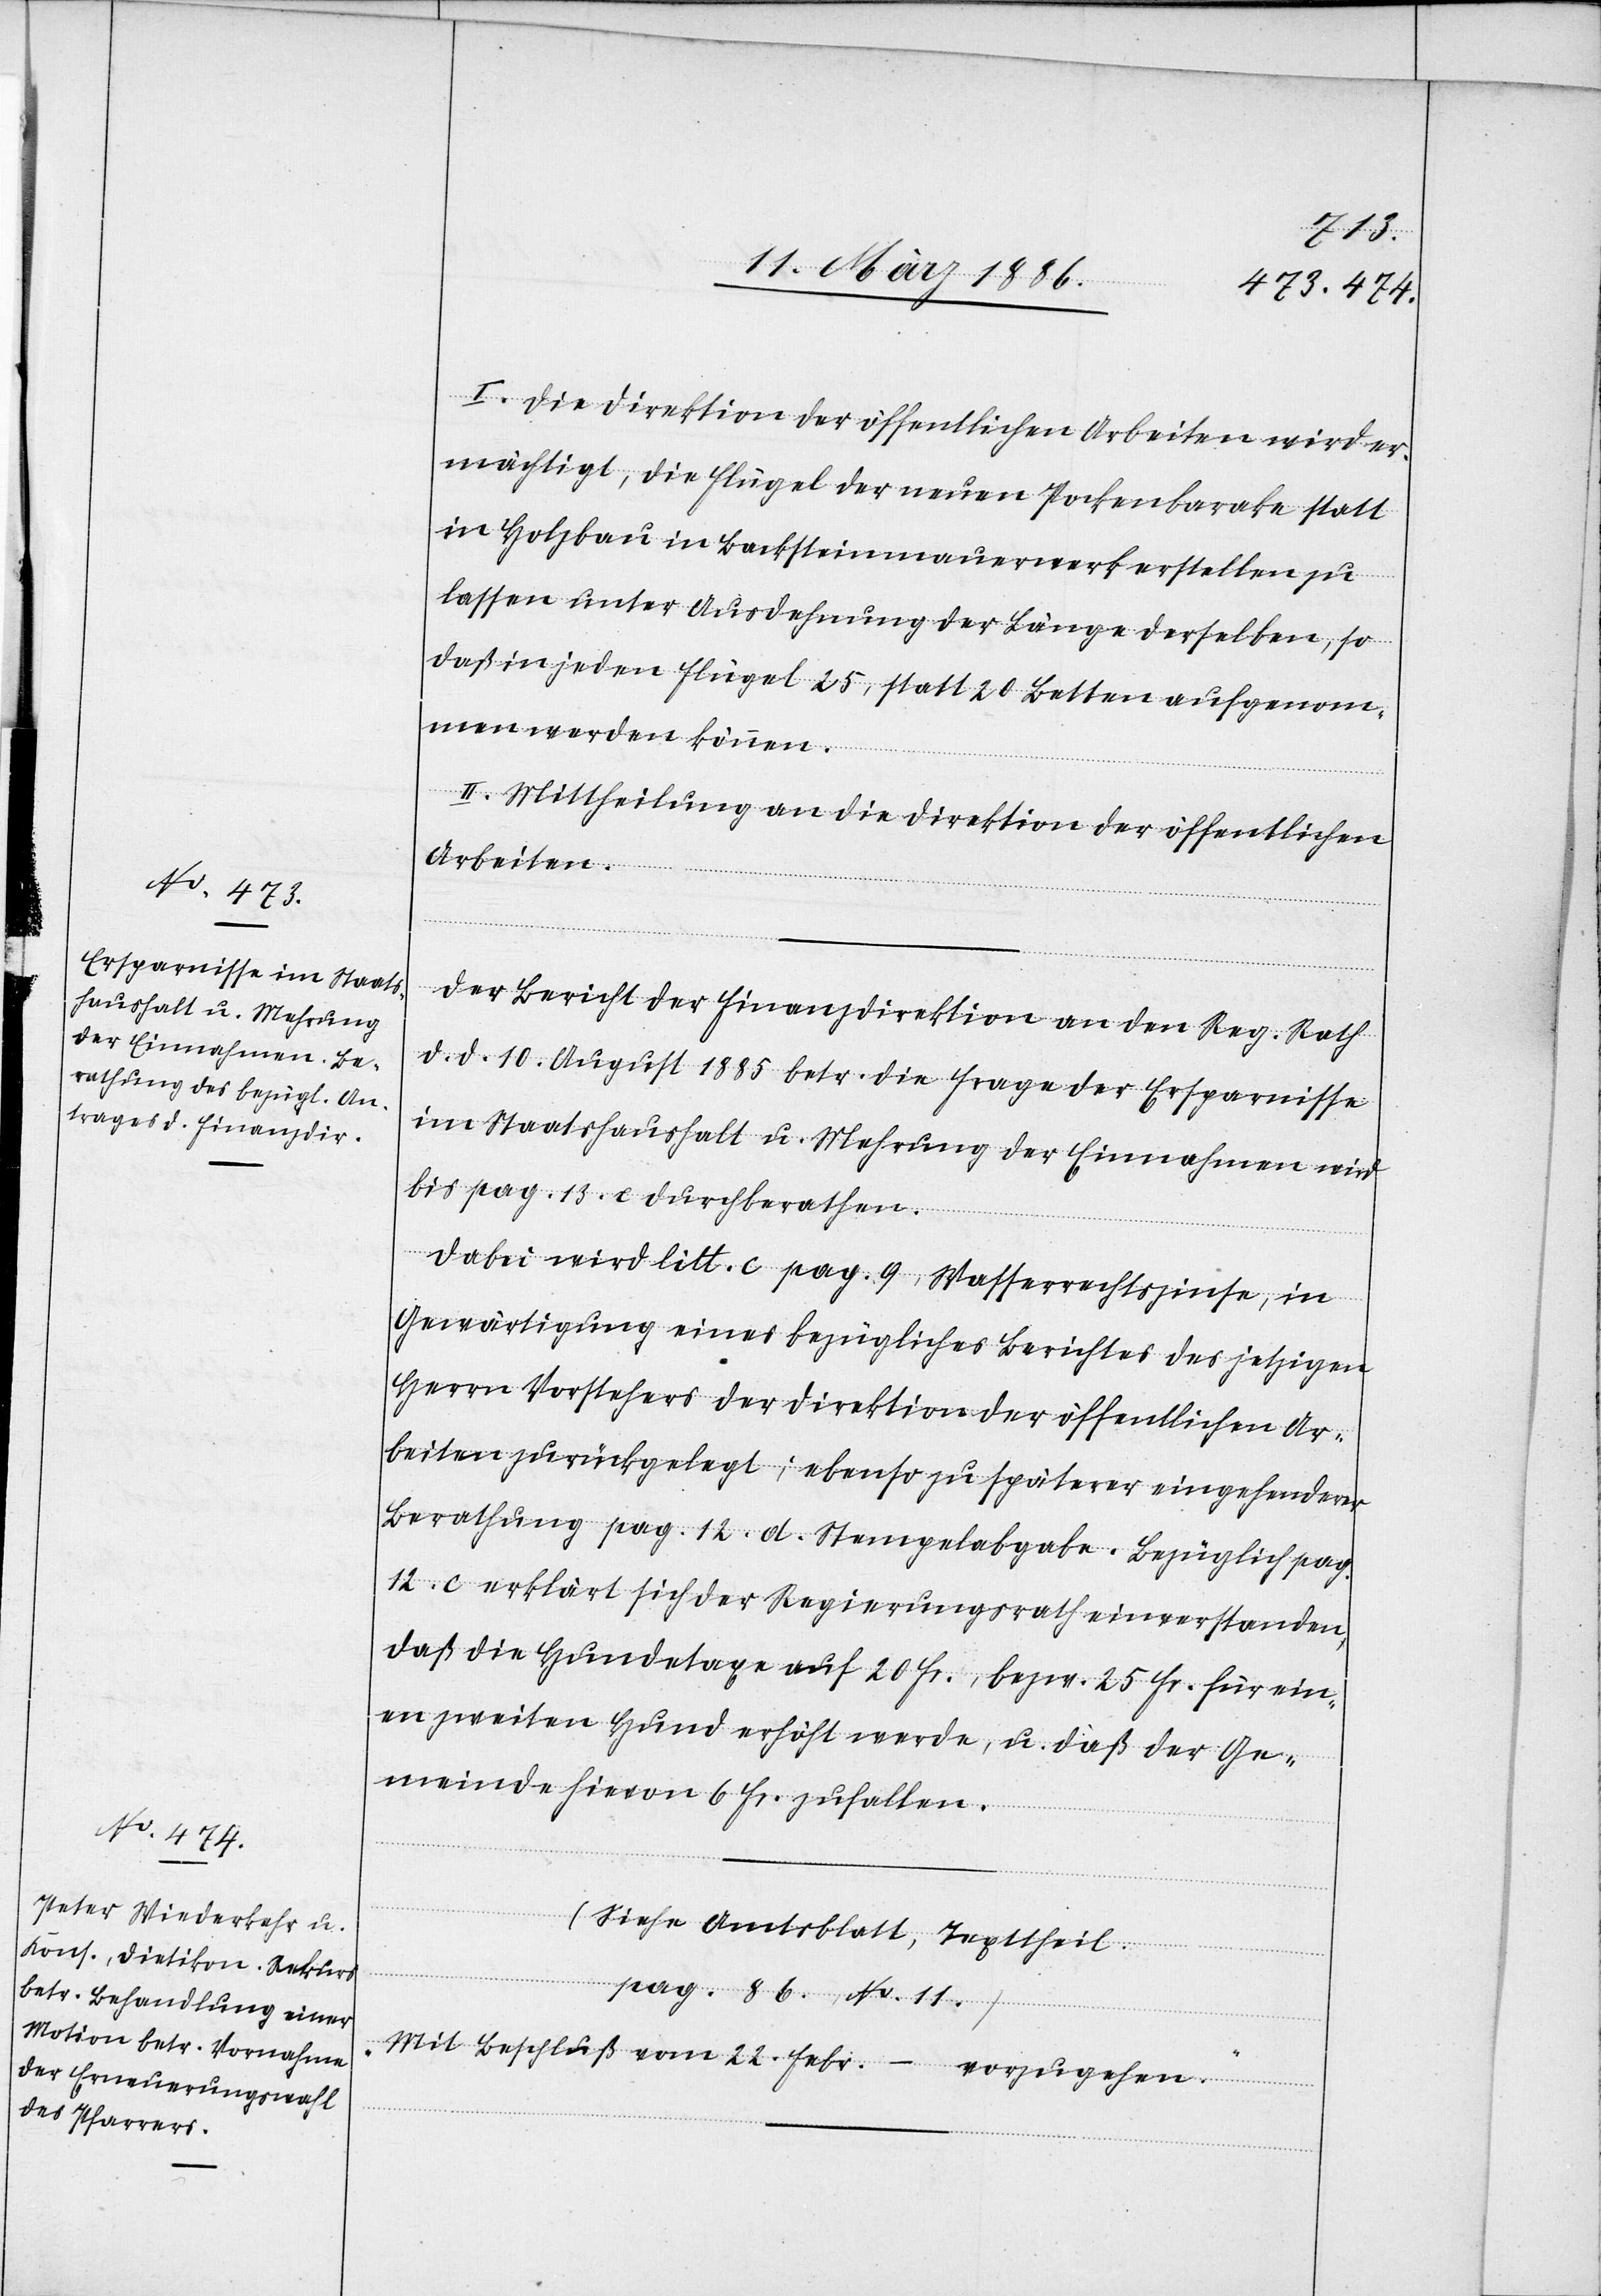
I. Die Direktion der öffentlichen Arbeiten wird er¬
mächtigt, die Flügel der neuen Pockenbarake statt
in Holzbau in Backsteinmauerwerk erstellen zu
lassen unter Ausdehnung der Länge derselben, so
daß in jeden Flügel 25, statt 20 Betten aufgenom¬
men werden können.
II. Mittheilung an die Direktion der öffentlichen
Arbeiten.
Der Bericht der Finanzdirektion an den Reg. Rath
d. d. 10 August 1885 betr. die Frage der Ersparnisse
im Staatshaushalt u. Mehrung der Einnahmen wird
bis pag. 13. e durchberathen.
Dabei wird litt. c pag. 9, Wasserrechtszinse, in
Gewärtigung eines bezüglichen Berichtes des jetzigen
Herrn Vorstehers der Direktion der öffentlichen Ar¬
beiten zurückgelegt; ebenso zu späterer eingehender
Berathung pag. 12 d. Stempelabgabe. Bezüglich pag.
12. c. erklärt sich der Regierungsrath einverstanden,
daß die Hundetaxe auf 20 Fr., bzw. 25 Fr. für ein¬
en zweiten Hund erhöht werde, u. daß der Ge¬
meinde hievon 6 Fr. zufallen.
(Siehe Amtsblatt, Texttheil.
pag. 86, No. 11.)
„Mit Beschluß vom 22. Febr. – vorzunehmen.“